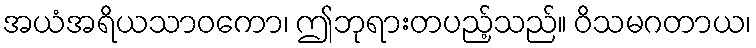
အယံအရိယသာဝကော၊ ဤဘုရားတပည့်သည်။ ဝိသမဂတာယ၊